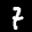
Label: 7